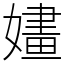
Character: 嫿